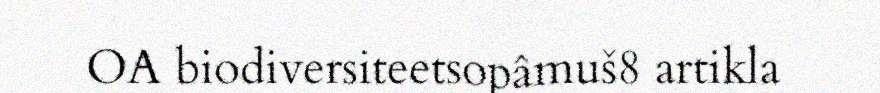
OA biodiversiteetsopâmuš8 artikla